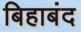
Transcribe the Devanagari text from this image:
बिहाबंद